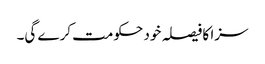
سزا کا فیصلہ خود حکومت کرے گی۔